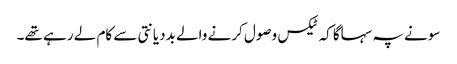
‏ سونے پہ سہاگا کہ ٹیکس وصول کرنے والے بددیانتی سے کام لے رہے تھے۔